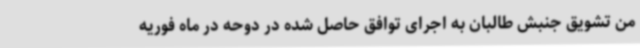
من تشویق جنبش طالبان به اجرای توافق حاصل شده در دوحه در ماه فوریه